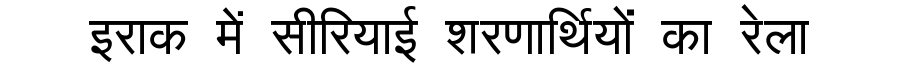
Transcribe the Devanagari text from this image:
इराक में सीरियाई शरणार्थियों का रेला